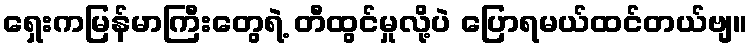
ရှေးကမြန်မာကြီးတွေရဲ့ တီထွင်မှုလို့ပဲ ပြောရမယ်ထင်တယ်ဗျ။